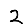
Digit: 2